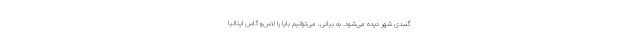
گنبدی شهر دیده می‌‌شود. به بیانی، می‌توانیم بایا را لاس‌وگاس ایتالیا